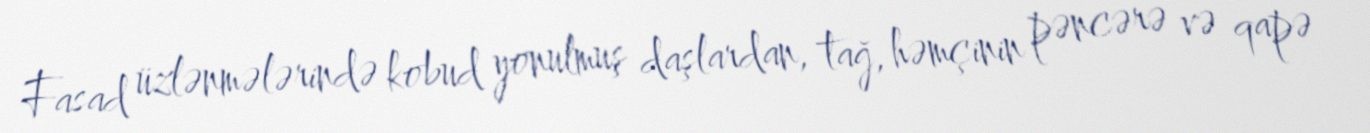
Fasad üzlənmələrində kobud yonulmuş daşlardan, tağ, həmçinin pəncərə və qapə